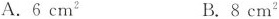
A.6cm^{2} B.8cm^{2}